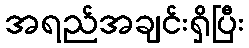
အရည်အချင်းရှိပြီး